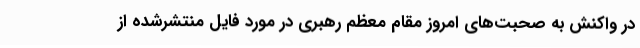
در واکنش به صحبت‌های امروز مقام معظم رهبری در مورد فایل منتشرشده از